Leprosy in India: report of the Leprosy Commission in India, 1890-91
Year: 1890
Disease focus: Leprosy
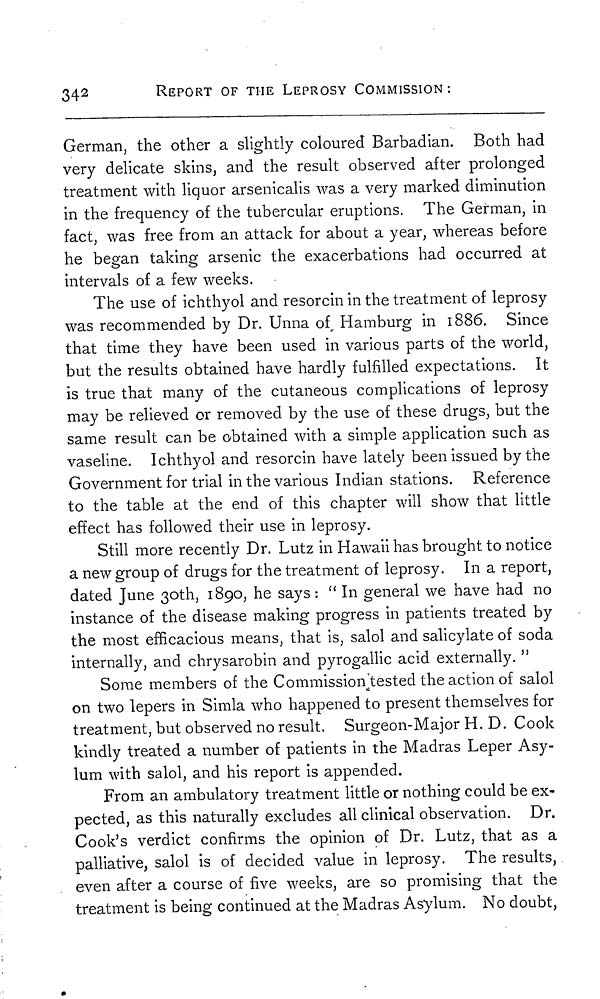
34 2
REPORT OF THE LEPROSY COMMISSION :
German, the other a slightly coloured Barbadian. Both had
very delicate skins, and the result observed after prolonged
treatment with liquor arsenicalis was a very marked diminution
in the frequency of the tubercular eruptions. The German, in
fact, was free from an attack for about a year, whereas before
he began taking arsenic the exacerbations had occurred at
intervals of a few weeks.
The use of ichthyol and resorcin in the treatment of leprosy
was recommended by Dr. Unna of Hamburg in 1886. Since
that time they have been used in various parts of the world,
but the results obtained have hardly fulfilled expectations. It
is true that many of the cutaneous complications of leprosy
may be relieved or removed by the use of these drugs, but the
same result can be obtained with a simple application such as
vaseline. Ichthyol and resorcin have lately been issued by the
Government for trial in the various Indian stations. Reference
to the table at the end of this chapter will show that little
effect has followed their use in leprosy.
Still more recently Dr. Lutz in Hawaii has brought to notice
a new group of drugs for the treatment of leprosy. In a report,
dated June 30th, 1890, he says : " In general we have had no
instance of the disease making progress in patients treated by
the most efficacious means, that is, salol and salicylate of soda
internally, and chrysarobin and pyrogallic acid externally. "
Some members of the Commission tested the action of salol
on two lepers in Simla who happened to present themselves for
treatment, but observed no result. Surgeon-Major H. D. Cook
kindly treated a number of patients in the Madras Leper Asy-
lum with salol, and his report is appended.
From an ambulatory treatment little or nothing could be ex-
pected, as this naturally excludes all clinical observation. Dr.
Cook's verdict confirms the opinion of Dr. Lutz, that as a
palliative, salol is of decided value in leprosy. The results,
even after a course of five weeks, are so promising that the
treatment is being continued at the Madras Asylum. No doubt,